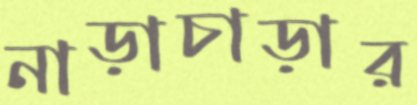
নাড়াচাড়ার